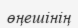
өңешінің